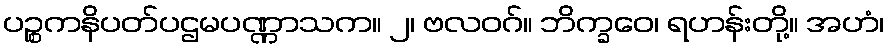
ပဉ္စကနိပတ်ပဌမပဏ္ဏာသက။ ၂၊ ဗလဝဂ်။ ဘိက္ခဝေ၊ ရဟန်းတို့။ အဟံ၊